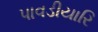
પાવડીયારિ